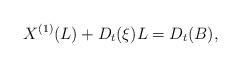
LaTeX: \begin{align*}{X^{(1)}}(L)+D_{t}(\xi)L= D_{t}(B),\end{align*}